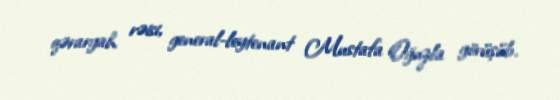
qərargah rəisi, general-leytenant Mustafa Oğuzla görüşüb.